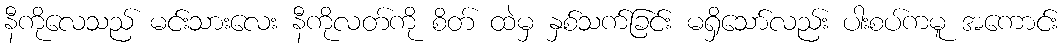
နီကိုလေသည် မင်းသားလေး နီကိုလတ်ကို စိတ် ထဲမှ နှစ်သက်ခြင်း မရှိသော်လည်း ပါးစပ်ကမူ အကောင်း